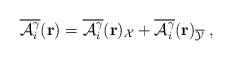
LaTeX: \begin{align*}\overline{{\cal{A}}_{i}^{\gamma}}({\bf{r}})=\overline{{\cal{A}}_{i}^{\gamma}}({\bf{r}})_{\cal X}+\overline{{\cal{A}}_{i}^{\gamma}}({\bf{r}})_{\overline{\cal Y}}\;,\end{align*}